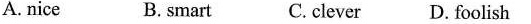
A. nice B. smart C. clever D. foolish